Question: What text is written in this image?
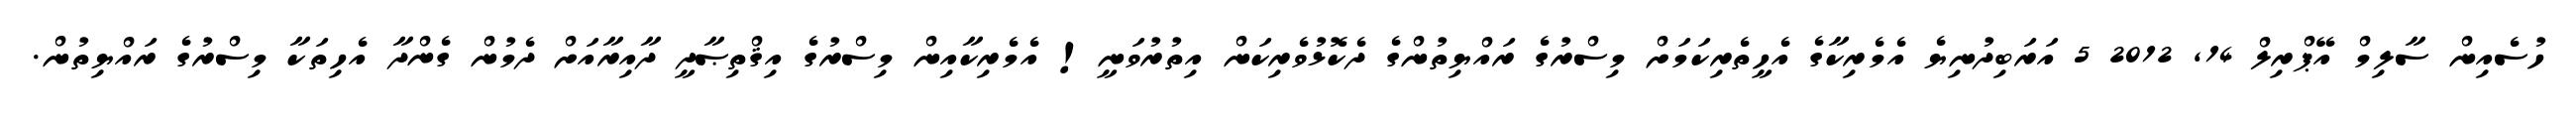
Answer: ހުސެއިން ސާލިމް އޭޕްރިލް 14, 2012 5 އަރަބިދުނިޔެ އެމެރިކާގެ އެހީތެރިކަމަށް މިސްރުގެ ރައްޔިތުންގެ ދެކޮޅުވެރިކަން އިތުރުވަނީ! އެމެރިކާއިން މިސްރުގެ އިޤްތިޞާދީ ދާއިރާއަށް ދެމުން ގެންދާ އެހިތަކާ މިސްރުގެ ރައްޔިތުން.